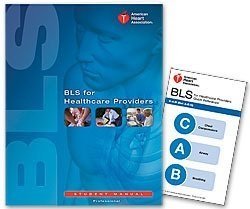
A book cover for BLS for Healthcare Providers (Student Manual) 1st (first) edition (2011) published by American Heart Association [Paperback]; Mary Fran Hazinski; Health, Fitness & Dieting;